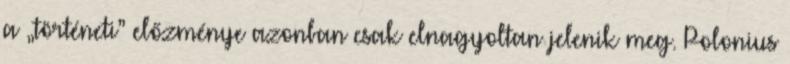
a „történeti” előzménye azonban csak elnagyoltan jelenik meg. Polonius